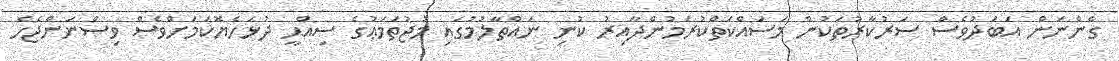
ގެންނަން އަބަދުވެސް ސަރުކާރުތަކުން މަސައްކަތްކުރަމުންދާއިރު ކުނި ނައްތާލުމުގައި މުޖުތަމަޢުގެ ސިއްޙީ ދުޅަހެޔޮކަމަށްވެސް ވިސްނަންޖެހެ